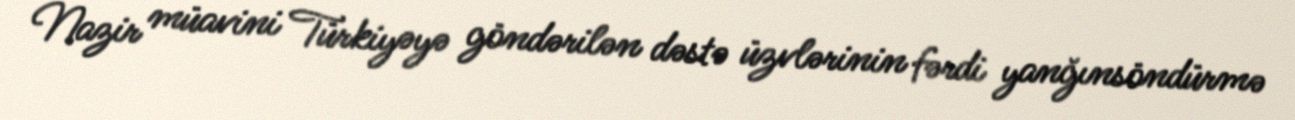
Nazir müavini Türkiyəyə göndərilən dəstə üzvlərinin fərdi yanğınsöndürmə